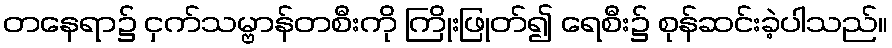
တနေရာ၌ ငှက်သမ္ဗာန်တစီးကို ကြိုးဖြုတ်၍ ရေစီး၌ စုန်ဆင်းခဲ့ပါသည်။